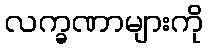
လက္ခဏာများကို